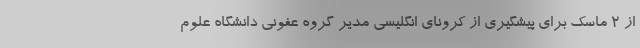
از 2 ماسک برای پیشگیری از کرونای انگلیسی مدیر گروه عفونی دانشگاه علوم